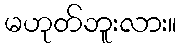
မဟုတ်ဘူးလား။